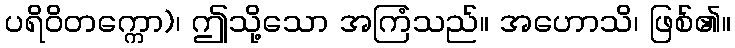
ပရိဝိတက္ကော)၊ ဤသို့သော အကြံသည်။ အဟောသိ၊ ဖြစ်၏။